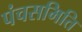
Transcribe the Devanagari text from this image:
पंचसमिति